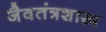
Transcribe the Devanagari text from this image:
जैवतंत्रशास्त्र